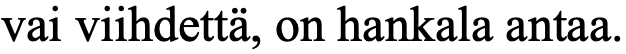
vai viihdettä, on hankala antaa.